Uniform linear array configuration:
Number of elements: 8
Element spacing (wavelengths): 0.25
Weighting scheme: hann
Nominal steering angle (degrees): -60
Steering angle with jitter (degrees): -60.484
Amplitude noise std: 0.05
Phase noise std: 0.05

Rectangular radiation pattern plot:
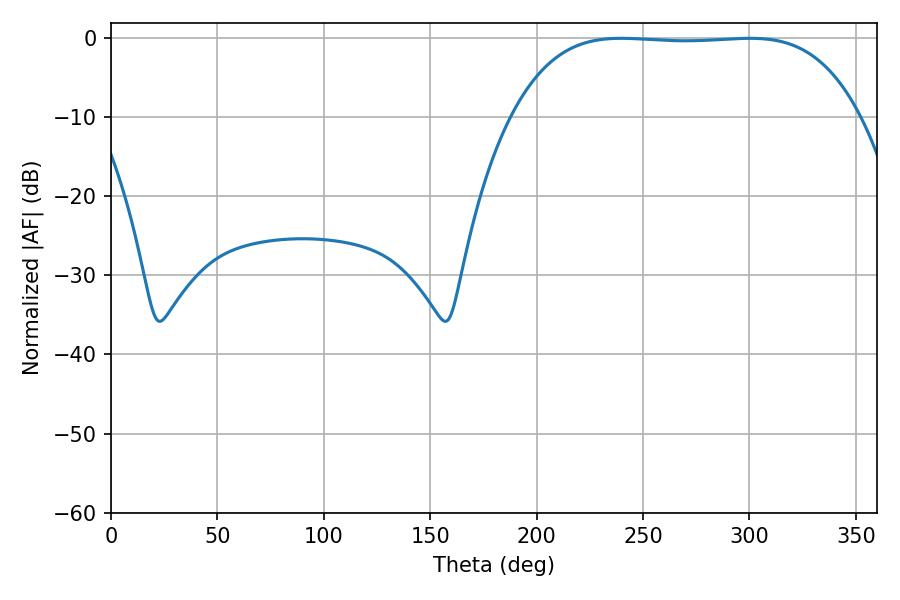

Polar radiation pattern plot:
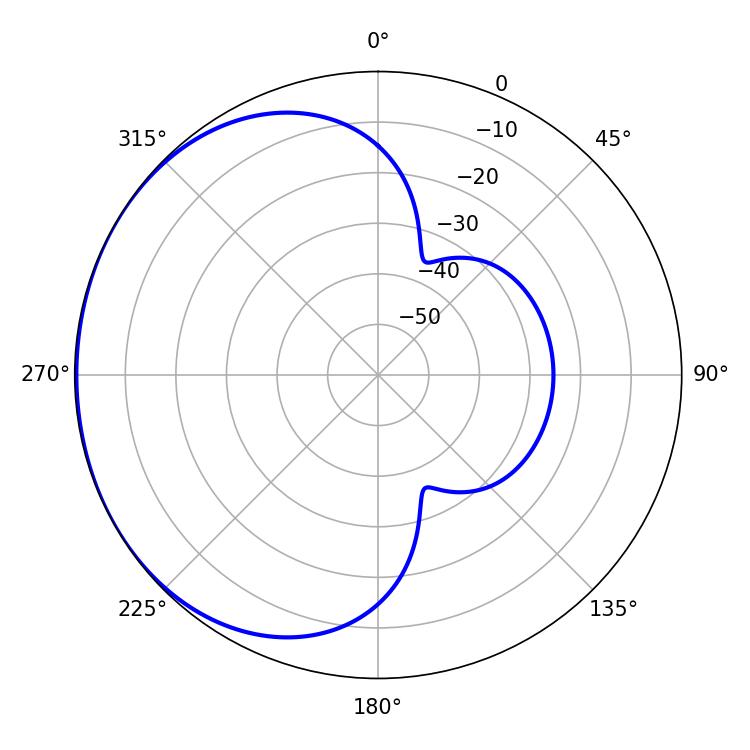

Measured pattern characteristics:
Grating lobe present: FALSE
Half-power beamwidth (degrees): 126.72
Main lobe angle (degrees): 239.76